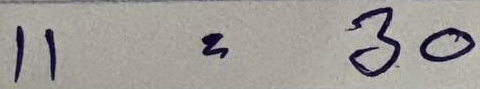
11 = 30